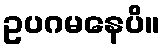
ဥပဂမနေပိ။